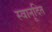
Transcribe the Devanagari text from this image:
स्वानूदित